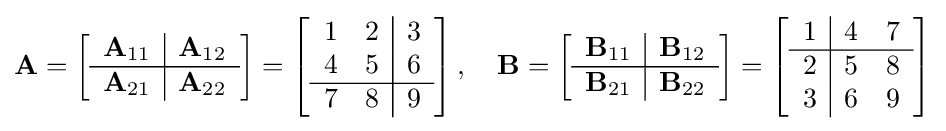
\mathbf {A} =\left[{\begin{array}{c | c}\mathbf {A} _{11}&\mathbf {A} _{12}\\\hline \mathbf {A} _{21}&\mathbf {A} _{22}\end{array}}\right]=\left[{\begin{array}{c c | c}1&2&3\\4&5&6\\\hline 7&8&9\end{array}}\right],\quad \mathbf {B} =\left[{\begin{array}{c | c}\mathbf {B} _{11}&\mathbf {B} _{12}\\\hline \mathbf {B} _{21}&\mathbf {B} _{22}\end{array}}\right]=\left[{\begin{array}{c | c c}1&4&7\\\hline 2&5&8\\3&6&9\end{array}}\right]